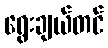
ရွေးချယ်တင်